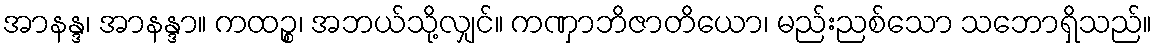
အာနန္ဒ၊ အာနန္ဒာ။ ကထဉ္စ၊ အဘယ်သို့လျှင်။ ကဏှာဘိဇာတိယော၊ မည်းညစ်သော သဘောရှိသည်။